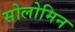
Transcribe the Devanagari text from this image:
सोलोमिन